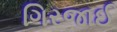
ગિરજાઈ